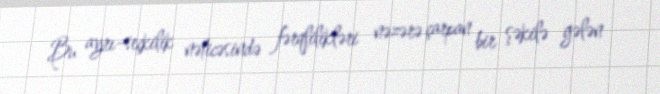
Bu ayrı-seçkilik nəticəsində fərqlilikləri nəzərə çarpan bir şəkilə gələn